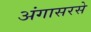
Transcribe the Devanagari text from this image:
अंगासरसे